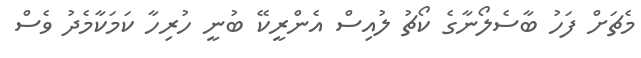
މެޗަށް ފަހު ބާސެލޯނާގެ ކޯޗު ލުއިސް އެންރީކޭ ބުނީ ހުރިހާ ކަމަކާމެދު ވެސް